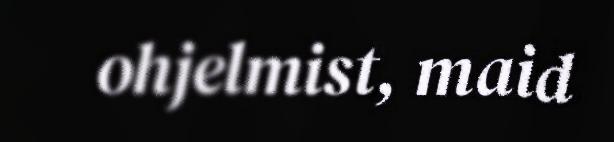
ohjelmist, maid